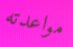
مواعدته